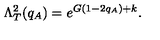
\Lambda _ { T } ^ { 2 } ( q _ { A } ) = e ^ { G ( 1 - 2 q _ { A } ) + k } .